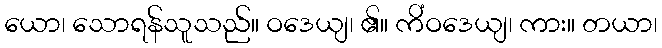
ယော၊ သောရန်သူသည်။ ဝဒေယျ၊ ၏။ ကိံဝဒေယျ၊ ကား။ တယာ၊